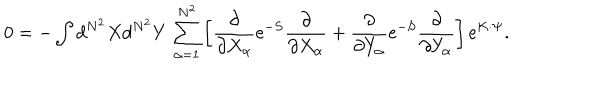
0 = - \int d ^ { N ^ { 2 } } X d ^ { N ^ { 2 } } Y \, \sum _ { \alpha = 1 } ^ { N ^ { 2 } } \left[ \frac { \partial } { \partial X _ { \alpha } } \mathrm { e } ^ { - S } \frac { \partial } { \partial X _ { \alpha } } + \frac { \partial } { \partial Y _ { \alpha } } \mathrm { e } ^ { - S } \frac { \partial } { \partial Y _ { \alpha } } \right] \mathrm { e } ^ { K \cdot \Psi } .